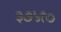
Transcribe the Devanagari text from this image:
३७५१०